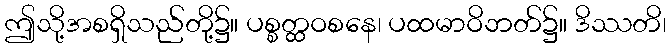
ဤသို့အစရှိသည်တို့၌။ ပစ္စတ္ထဝစနေ၊ ပထမာဝိဘတ်၌။ ဒိဿတိ၊